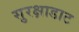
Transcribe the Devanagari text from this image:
सुरक्षाडाट